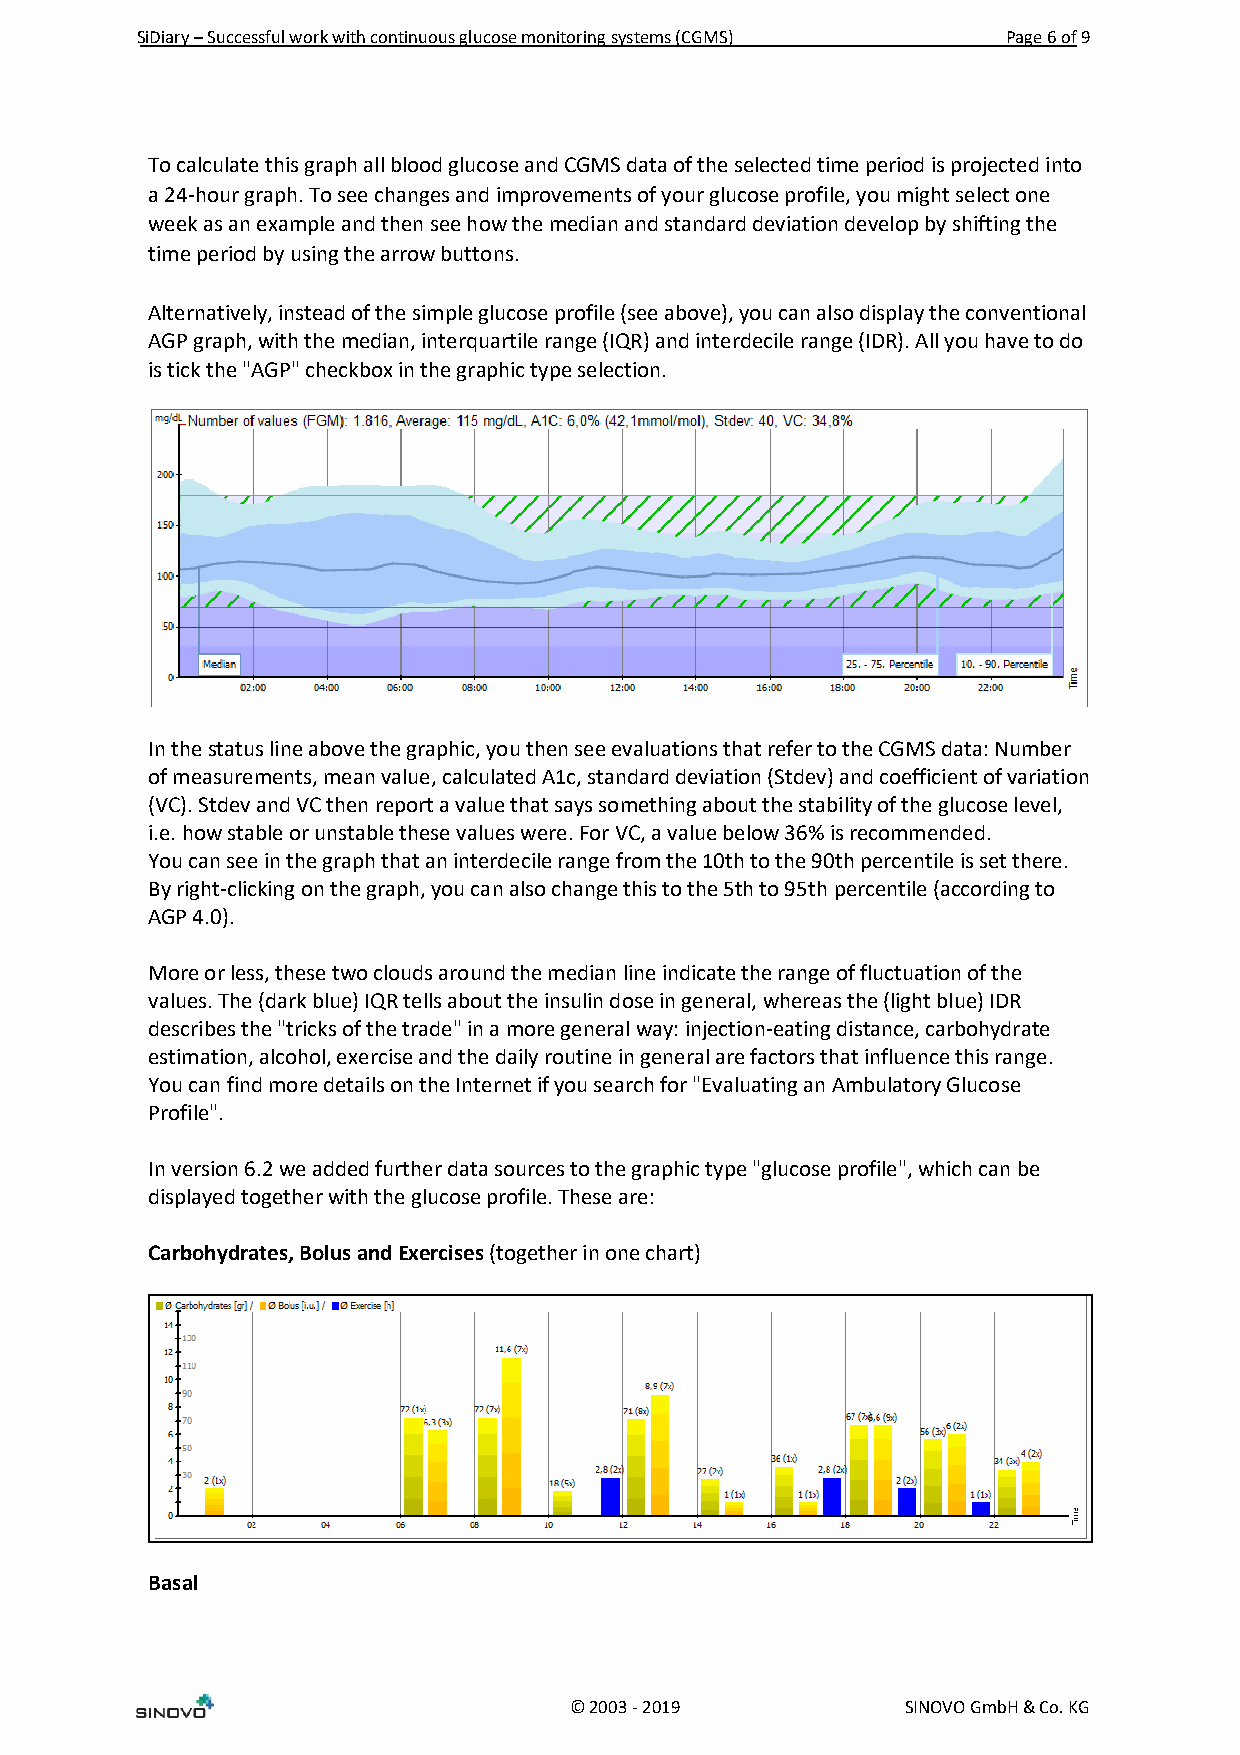
SiDiary – Successful work with continuous glucose monitoring systems (CGMS) Page 6 of 9
 To calculate this graph all blood glucose and CGMS data of the selected time period is projected into
 a 24-hour graph. To see changes and improvements of your glucose profile, you might select one
 week as an example and then see how the median and standard deviation develop by shifting the
 time period by using the arrow buttons.
 Alternatively, instead of the simple glucose profile (see above), you can also display the conventional
 AGP graph, with the median, interquartile range (IQR) and interdecile range (IDR). All you have to do
 is tick the "AGP" checkbox in the graphic type selection.
 In the status line above the graphic, you then see evaluations that refer to the CGMS data: Number
 of measurements, mean value, calculated A1c, standard deviation (Stdev) and coefficient of variation
 (VC). Stdev and VC then report a value that says something about the stability of the glucose level,
 i.e. how stable or unstable these values were. For VC, a value below 36% is recommended.
 You can see in the graph that an interdecile range from the 10th to the 90th percentile is set there.
 By right-clicking on the graph, you can also change this to the 5th to 95th percentile (according to
 AGP 4.0).
 More or less, these two clouds around the median line indicate the range of fluctuation of the
 values. The (dark blue) IQR tells about the insulin dose in general, whereas the (light blue) IDR
 describes the "tricks of the trade" in a more general way: injection-eating distance, carbohydrate
 estimation, alcohol, exercise and the daily routine in general are factors that influence this range.
 You can find more details on the Internet if you search for "Evaluating an Ambulatory Glucose
 Profile".
 In version 6.2 we added further data sources to the graphic type "glucose profile", which can be
 displayed together with the glucose profile. These are:
 Carbohydrates, Bolus and Exercises (together in one chart)
 Basal
 © 2003 - 2019         SINOVO GmbH & Co. KG